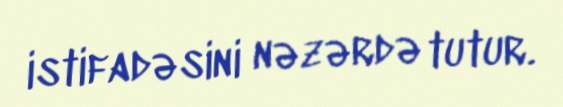
istifadəsini nəzərdə tutur.